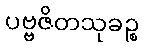
ပဗ္ဗဇိတသုခဉ္စ